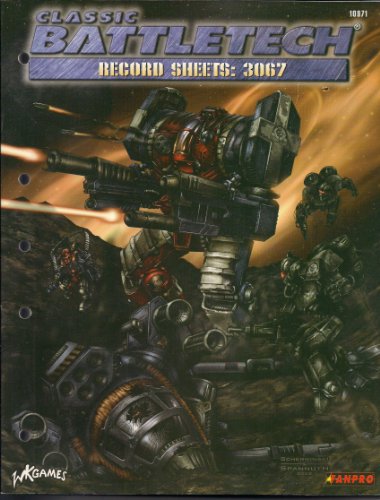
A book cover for Battletech Record Sheets: 3067; Fanpro; Science Fiction & Fantasy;